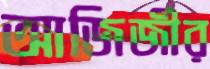
আজিজীর